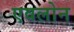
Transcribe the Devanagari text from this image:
एवलोन